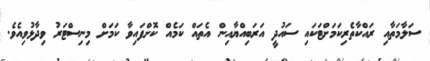
ސަލާމަތާއި ރައްކާތެރިކަމަށްޓަކައި ސައުދީ އަރަބިއްޔާއިން އެތައް ކަމެއް ކޮށްފައިވާ ކަމަށް މިނިސްޓަރު ވިދާޅުވިއެވެ.